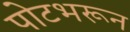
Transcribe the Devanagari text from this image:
पोटभरून